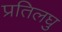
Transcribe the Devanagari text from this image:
प्रतिलघु